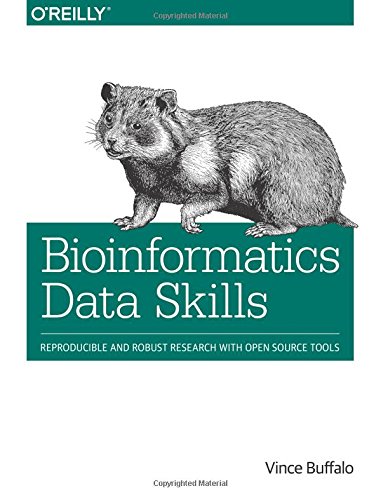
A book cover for Bioinformatics Data Skills: Reproducible and Robust Research with Open Source Tools; Vince Buffalo; Engineering & Transportation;